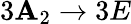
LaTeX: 3\mathbf{A}_{2}\rightarrow3E